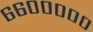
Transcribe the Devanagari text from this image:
६६०००००